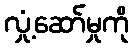
လှုံ့ဆော်မှုကို